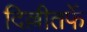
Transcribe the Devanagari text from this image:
दिल्लीतर्फे